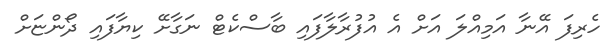
ހެރިފަ އޭނާ އަމިއްލަ އަށް އެ އުފުރާލާފައި ބާސްކެޓް ނަގާށޭ ކިޔާފައި ދޯންޏަށް